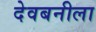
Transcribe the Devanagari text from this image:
देवबनीला